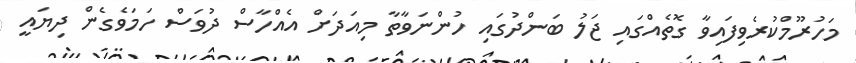
މަހުރޫމްކުރެވިފައިވާ ގޮތެއްގައި ޖަލު ބަންދުގައި ހުންނަވާތާ މިއަދަށް އެއްހާސް ދުވަސް ހަމަވެގެން ދިޔައީ